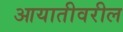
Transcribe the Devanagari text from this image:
आयातीवरील